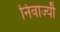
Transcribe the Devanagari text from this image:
निवाज्यौ